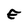
Character: E